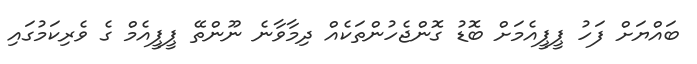
ބައްޔަށް ފަހު ޕީޕީއެމަށް ބޮޑު ގޮންޖެހުންތަކެއް ދިމާވާނެ ނޫންތޭ ޕީޕީއެމް ގެ ވެރިކަމުގައި